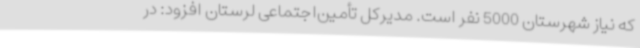
که نیاز شهرستان 5000 نفر است. مدیرکل تأمین‌اجتماعی لرستان افزود: در